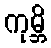
ကုမ္ဘိ